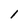
Character: 1